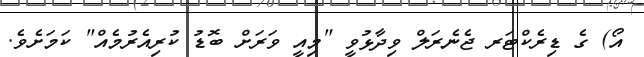
އޯ) ގެ ޑިރެކްޓަރ ޖެނެރަލް ވިދާޅުވީ "މިއީ ވަރަށް ބޮޑު ކުރިއެރުމެއް" ކަމަށެވެ.